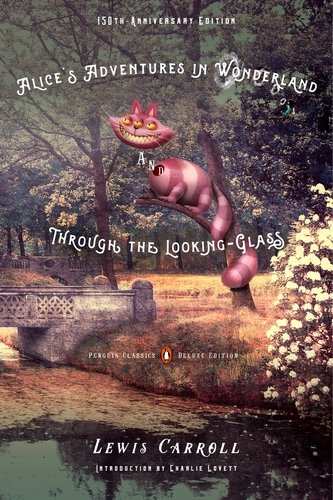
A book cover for Alice's Adventures in Wonderland and Through the Looking-Glass: 150th-Anniversary Edition (Penguin Classics Deluxe Edition); Lewis Carroll; Literature & Fiction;